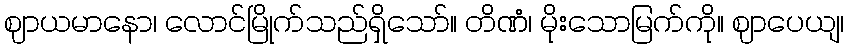
ဈာယမာနော၊ လောင်မြိုက်သည်ရှိသော်။ တိဏံ၊ မိုးသောမြက်ကို။ ဈာပေယျ၊